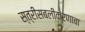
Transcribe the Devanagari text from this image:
स्त्रीसबलीकरणाचा